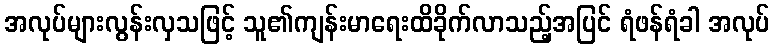
အလုပ်များလွန်းလှသဖြင့် သူ၏ကျန်းမာရေးထိခိုက်လာသည့်အပြင် ရံဖန်ရံခါ အလုပ်